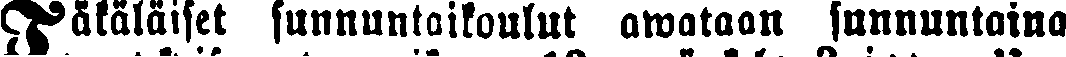
Täkäläiset sunnuntaikoulut awataan sunnuntaina